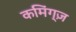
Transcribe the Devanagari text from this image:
कमिंग्ज़